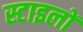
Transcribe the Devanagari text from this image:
स्टाइलों